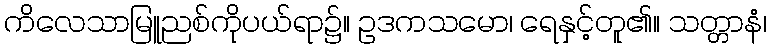
ကိလေသာမြူညစ်ကိုပယ်ရာ၌။ ဥဒကသမော၊ ရေနှင့်တူ၏။ သတ္တာနံ၊